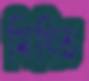
মিত্তি